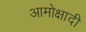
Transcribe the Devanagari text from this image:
आमोक्षादी